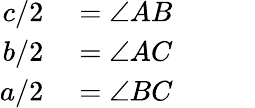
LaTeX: \begin{array}{rl}{c/2}&{{}=\angle AB}\\ {b/2}&{{}=\angle AC}\\ {a/2}&{{}=\angle BC\phantom{ZZZZ}}\end{array}